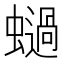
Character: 𧒖